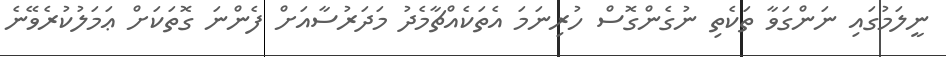
ނީލަމުގައި ނަންގަވާ ތަކެތި ނުގެންގޮސް ހުރިނަމަ އެތަކެއްޗާމެދު މަދަރުސާއަށް ފެންނަ ގޮތަކަށް ޢަމަލުކުރެވޭނެ